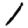
Digit: 1